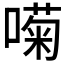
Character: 𱔚